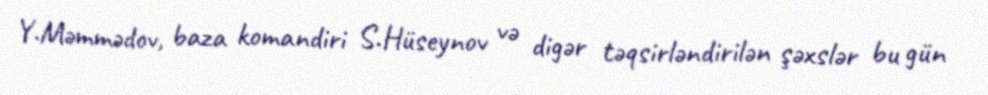
Y.Məmmədov, baza komandiri S.Hüseynov və digər təqsirləndirilən şəxslər bu gün